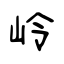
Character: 岭